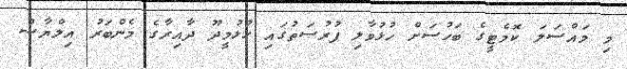
މި މައްސަލަ ކޮމެޓީގެ ބަހުސަށް ހުޅުވާލި ފުރުސަތުގައި ހުޅުމީދޫ ދާއިރާގެ މެންބަރު އިލްޔާސް